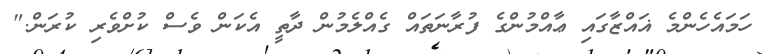
ހަމައެހެންމެ ޣައްޒާގައި ޢާއްމުންގެ ފުރާނަތައް ގެއްލެމުން ދާތީ އެކަން ވެސް ކުށްވެރި ކުރަން."